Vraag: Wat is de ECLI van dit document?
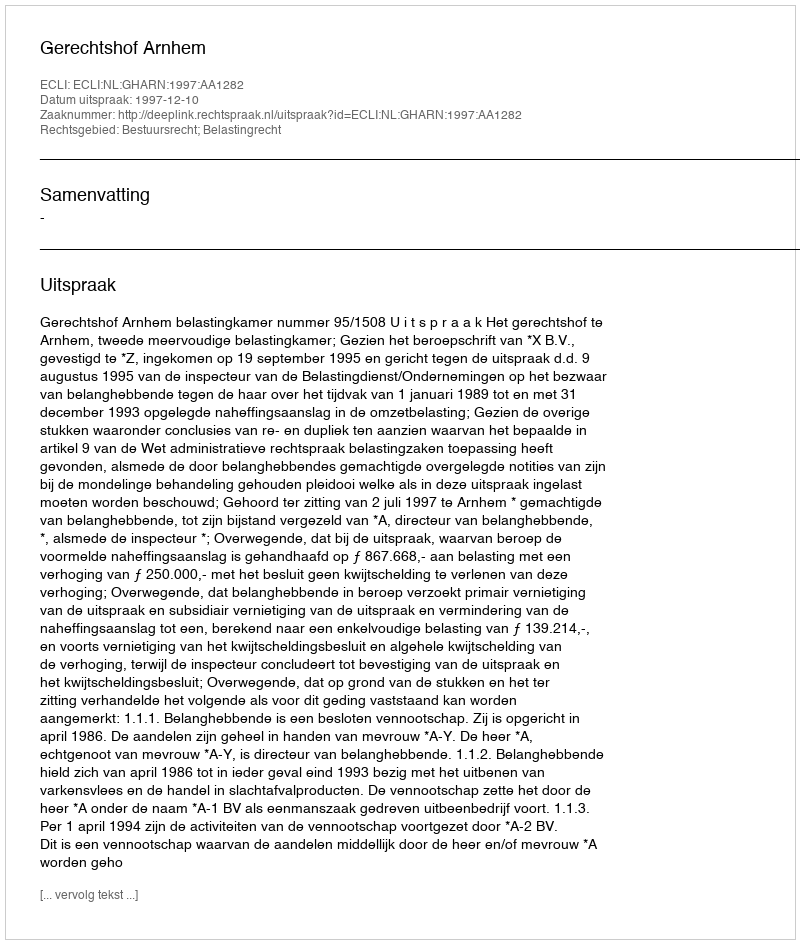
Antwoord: ECLI:NL:GHARN:1997:AA1282